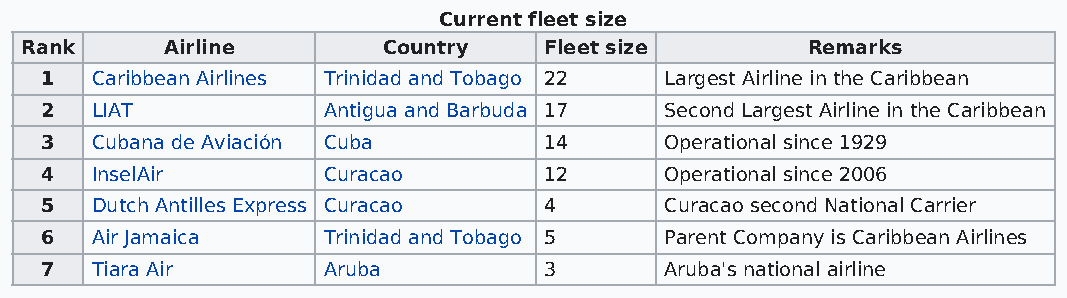
Current fleet size
 Rank      Airline       Country    Fleet size       Remarks
 1  Caribbean Airlines Trinidad and Tobago 22 Largest Airline in the Caribbean
 2  LIAT           Antigua and Barbuda 17 Second Largest Airline in the Caribbean
 3  Cubana de Aviación Cuba       14      Operational since 1929
 4  InselAir       Curacao        12      Operational since 2006
 5  Dutch Antilles Express Curacao 4      Curacao second National Carrier
 6  Air Jamaica    Trinidad and Tobago 5  Parent Company is Caribbean Airlines
 7  Tiara Air      Aruba          3       Aruba's national airline